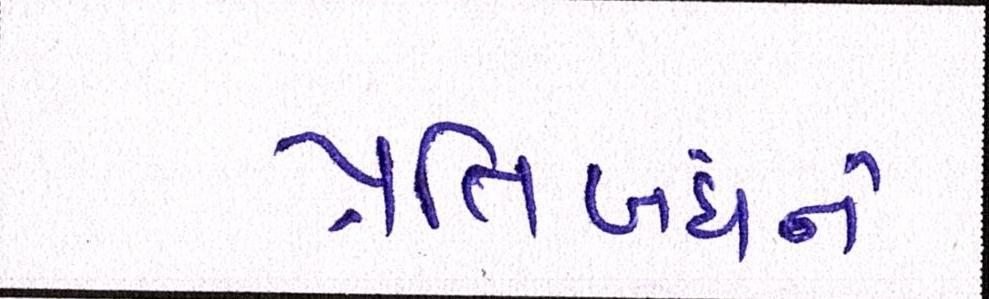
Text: પ્રતિબંધને